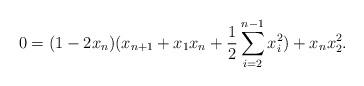
LaTeX: \begin{align*} 0=(1-2x_n)(x_{n+1} + x_1 x_{n} +\frac12\sum_{i=2}^{n-1} x_i^2) + x_nx_2^2.\end{align*}